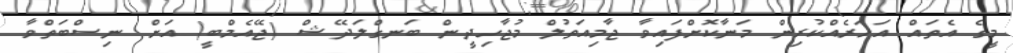
މީގެ އެތައް އަހަރެއްކުރިން މަނާކޮށްފައިވާ ޖާމިއަތުލް މުޖާހިދީން ބަނގްލަދޭޝް (ޖޭއެމްބީ) އަށް ނިސްބަތްވާ